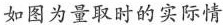
如图为量取时的实际情